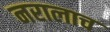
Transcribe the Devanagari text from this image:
नरालाच